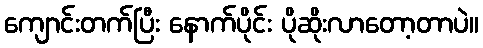
ကျောင်းတက်ပြီး နောက်ပိုင်း ပိုဆိုးလာတော့တာပဲ။